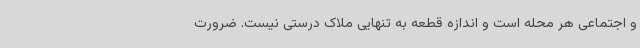
و اجتماعی هر محله است و اندازه قطعه به تنهایی ملاک درستی نیست. ضرورت